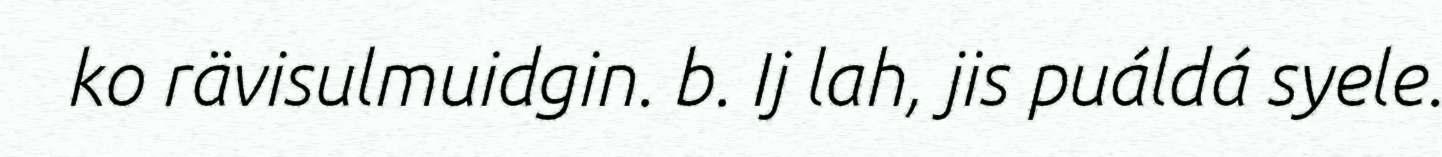
ko rävisulmuidgin. b. Ij lah, jis puáldá syele.